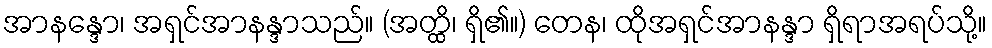
အာနန္ဒော၊ အရှင်အာနန္ဒာသည်။ (အတ္ထိ၊ ရှိ၏။) တေန၊ ထိုအရှင်အာနန္ဒာ ရှိရာအရပ်သို့။